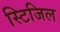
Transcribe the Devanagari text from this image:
स्टिजिल